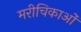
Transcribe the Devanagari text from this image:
मरीचिकाओं